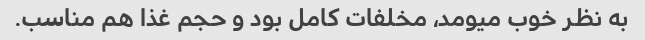
به نظر خوب میومد، مخلفات کامل بود و حجم غذا هم مناسب.